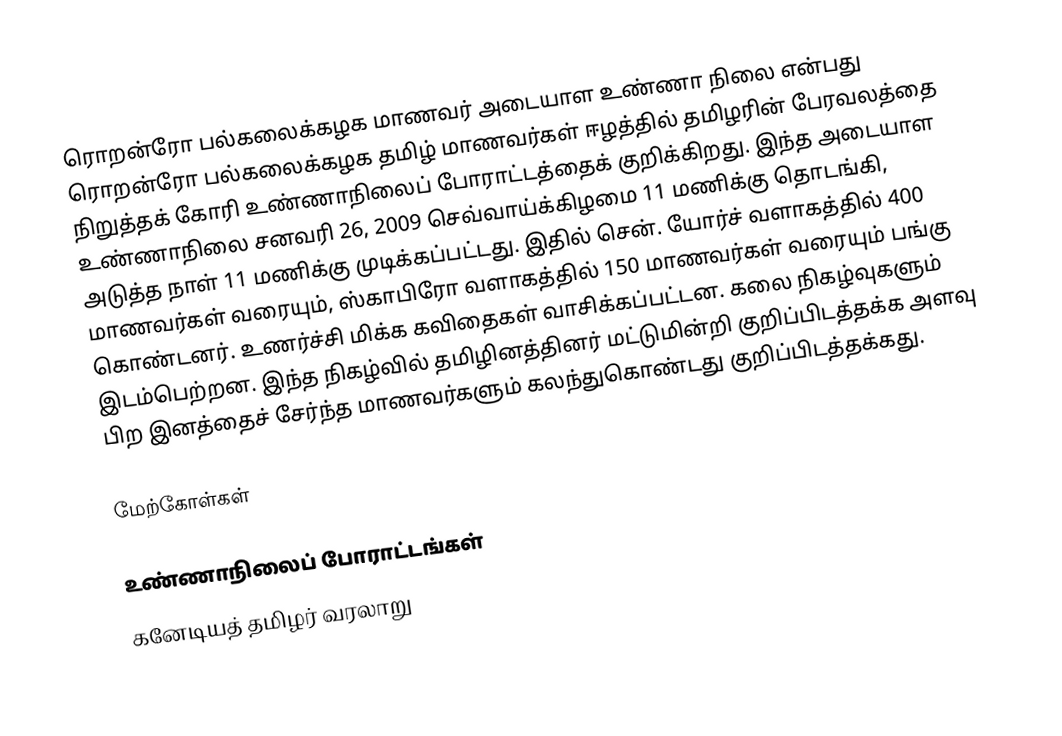
ரொறன்ரோ பல்கலைக்கழக மாணவர் அடையாள உண்ணா நிலை என்பது ரொறன்ரோ பல்கலைக்கழக தமிழ் மாணவர்கள் ஈழத்தில் தமிழரின் பேரவலத்தை நிறுத்தக் கோரி உண்ணாநிலைப் போராட்டத்தைக் குறிக்கிறது. இந்த அடையாள உண்ணாநிலை சனவரி 26, 2009 செவ்வாய்க்கிழமை 11 மணிக்கு தொடங்கி, அடுத்த நாள் 11 மணிக்கு முடிக்கப்பட்டது. இதில் சென். யோர்ச் வளாகத்தில் 400 மாணவர்கள் வரையும், ஸ்காபிரோ வளாகத்தில் 150 மாணவர்கள் வரையும் பங்கு கொண்டனர்.  உணர்ச்சி மிக்க கவிதைகள் வாசிக்கப்பட்டன.  கலை நிகழ்வுகளும் இடம்பெற்றன.  இந்த நிகழ்வில் தமிழினத்தினர் மட்டுமின்றி குறிப்பிடத்தக்க அளவு பிற இனத்தைச் சேர்ந்த மாணவர்களும் கலந்துகொண்டது குறிப்பிடத்தக்கது.

மேற்கோள்கள்

உண்ணாநிலைப் போராட்டங்கள்
கனேடியத் தமிழர் வரலாறு